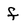
Character: f